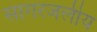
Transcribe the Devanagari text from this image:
सागरजलीय